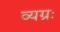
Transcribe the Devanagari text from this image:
व्यग्रः